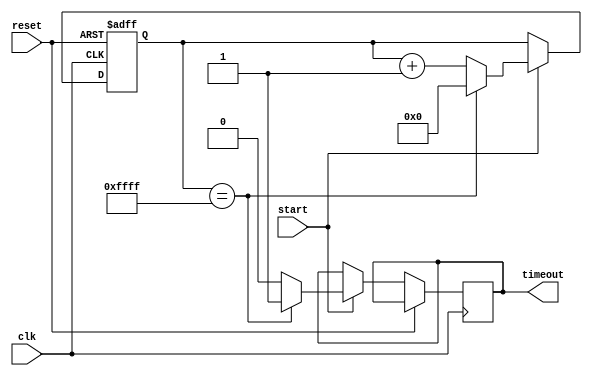
module Watchdog_timer (
    input wire clk,           // System clock
    input wire reset,         // Reset signal
    input wire start,         // Start signal for timer
    output reg timeout        // Timeout signal
);

reg [15:0] count;            // Counter for timer

always @(posedge clk or posedge reset) begin
    if (reset) begin        // Reset the counter on reset
        count <= 16'd0;
    end else if (start) begin  // Start counting when start signal is asserted
        if (count == 16'd65535) begin    // Check if preset value reached
            count <= 16'd0;
            timeout <= 1;       // Timeout signal asserted
        end else begin
            count <= count + 1; // Increment counter
            timeout <= 0;       // Timeout signal de-asserted
        end
    end
end

endmodule